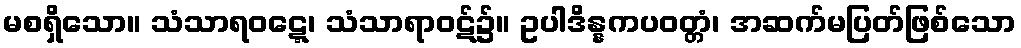
မစရှိသော။ သံသာရဝဋ္ဋေ၊ သံသာရာဝဋ်၌။ ဥပါဒိန္နကပဝတ္တံ၊ အဆက်မပြတ်ဖြစ်သော